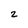
Character: z